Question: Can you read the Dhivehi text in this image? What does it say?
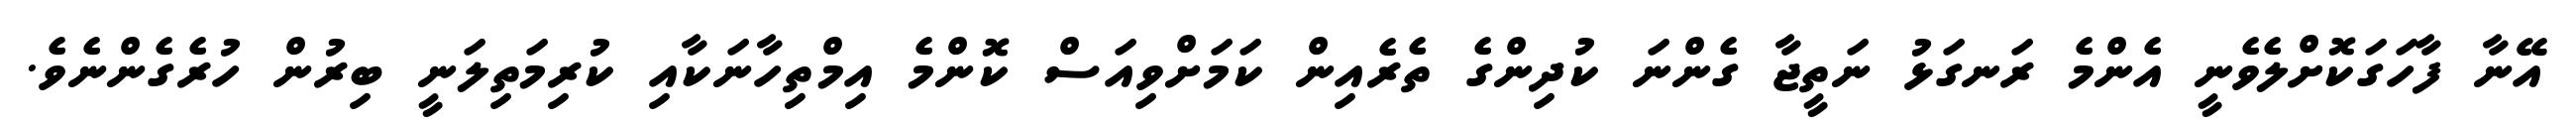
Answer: އޭނާ ފާހަގަކޮށްލެވެނީ އެންމެ ރަނގަޅު ނަތީޖާ ގެންނަ ކުދިންގެ ތެރެއިން ކަމަށްވިއަސް ކޮންމެ އިމްތިހާނަކާއި ކުރިމަތިލަނީ ބިރުން ހުރެގެންނެވެ.